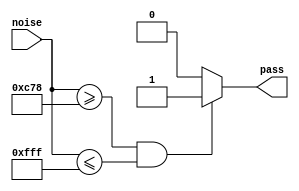
`timescale 1ns / 1ps
//////////////////////////////////////////////////////////////////////////////////
// Company: 
// Engineer: 
// 
// Design Name: 
// Module Name: map_login_noise
// Project Name: 
// Target Devices: 
// Tool Versions: 
// Description: 
// 
// Dependencies: 
// 
// Revision:
// Revision 0.01 - File Created
// Additional Comments:
// 
//////////////////////////////////////////////////////////////////////////////////


module map_login_noise(input [11:0] noise, output pass);
    parameter lb = 3192;
    parameter ub = 4095;

    assign pass = (noise >= lb && noise <= ub) ? 1 : 0;

endmodule